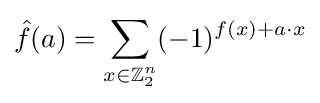
{\hat {f}}(a)=\sum _{\scriptstyle {x\in \mathbb {Z} _{2}^{n}}}(-1)^{f(x)+a\cdot x}